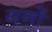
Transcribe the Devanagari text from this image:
यनों